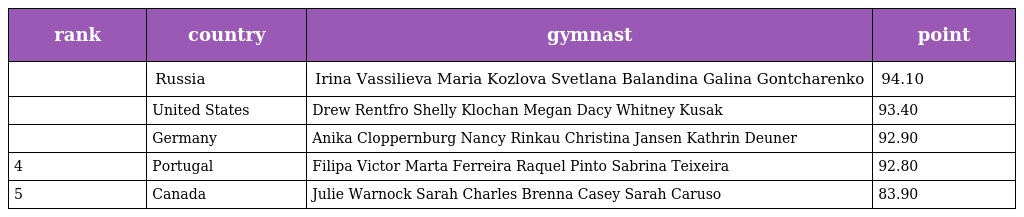
| rank | country | gymnast | point |
 | --- | --- | --- | --- |
 |  | Russia | Irina Vassilieva Maria Kozlova Svetlana Balandina Galina Gontcharenko | 94.10 |
 |  | United States | Drew Rentfro Shelly Klochan Megan Dacy Whitney Kusak | 93.40 |
 |  | Germany | Anika Cloppernburg Nancy Rinkau Christina Jansen Kathrin Deuner | 92.90 |
 | 4 | Portugal | Filipa Victor Marta Ferreira Raquel Pinto Sabrina Teixeira | 92.80 |
 | 5 | Canada | Julie Warnock Sarah Charles Brenna Casey Sarah Caruso | 83.90 |